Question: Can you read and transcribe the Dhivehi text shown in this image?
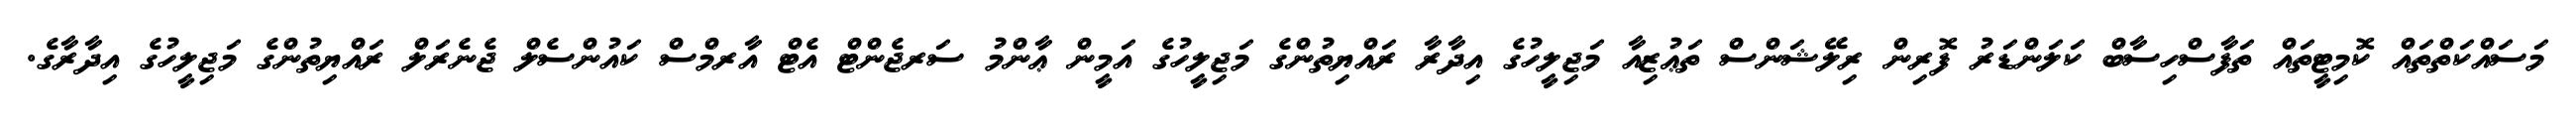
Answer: މަސައްކަތްތައް ކޮމިޓީތައް ތަފާސްހިސާބް ކަލަންޑަރު ފޮރިން ރިލޭޝަންސް ތަޢުޒިއާ މަޖިލީހުގެ އިދާރާ ރައްޔިތުންގެ މަޖިލީހުގެ އަމީން ޢާންމު ސަރޖެންޓް އެޓް އާރމްސް ކައުންސެލް ޖެނެރަލް ރައްޔިތުންގެ މަޖިލީހުގެ އިދާރާގެ.